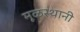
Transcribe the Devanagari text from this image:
मूळस्थानी